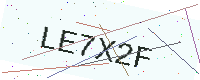
Text: LE7X2F